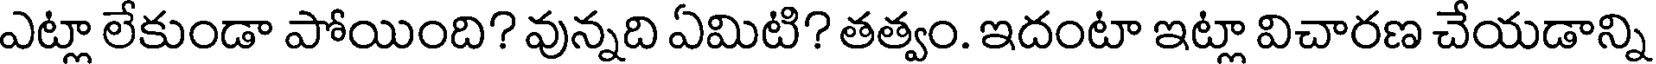
ఎట్లా లేకుండా పోయింది? వున్నది ఏమిటి? తత్వం. ఇదంటా ఇట్లా విచారణ చేయడాన్ని